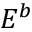
E ^ { b }